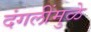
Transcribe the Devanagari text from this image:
दंगलींमुळे